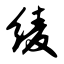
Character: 绫